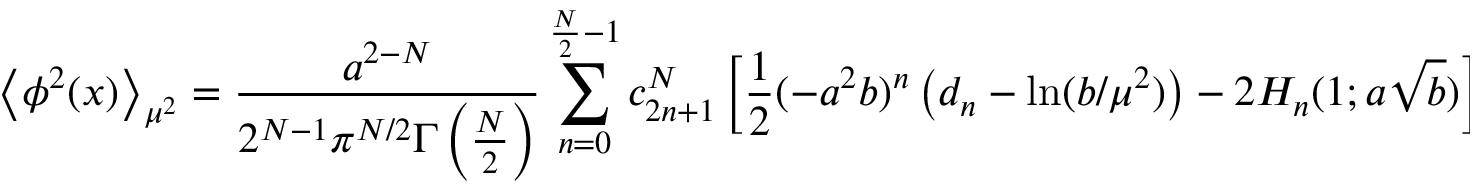
\left< \phi ^ { 2 } ( x ) \right> _ { \mu ^ { 2 } } = \frac { a ^ { 2 - N } } { 2 ^ { N - 1 } \pi ^ { N / 2 } \Gamma \left( \frac N 2 \right) } \sum _ { n = 0 } ^ { \frac N 2 - 1 } c _ { 2 n + 1 } ^ { N } \left[ { \frac { 1 } { 2 } } ( - a ^ { 2 } b ) ^ { n } \left( d _ { n } - \ln ( b / \mu ^ { 2 } ) \right) - 2 H _ { n } ( 1 ; a \sqrt b ) \right] .